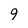
Character: 9